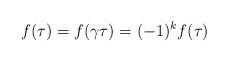
LaTeX: \begin{align*}f(\tau) = f(\gamma \tau) = (-1)^k f(\tau)\end{align*}